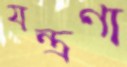
যন্ত্রণা